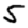
Digit: 5